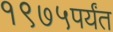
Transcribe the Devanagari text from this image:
१९७५पर्यंत